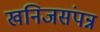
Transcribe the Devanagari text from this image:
खनिजसंपन्न